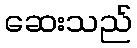
ဆေးသည်